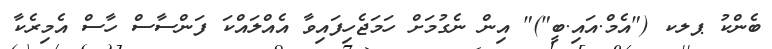
ބެންކު ޕލކ ("އެމް.އައި.ބީ")" އިން ނެގުމަށް ހަމަޖެހިފައިވާ އެއްލައްކަ ފަންސާސް ހާސް އެމިރެކާ